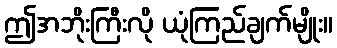
ဤအဘိုးကြီးလို ယုံကြည်ချက်မျိုး။